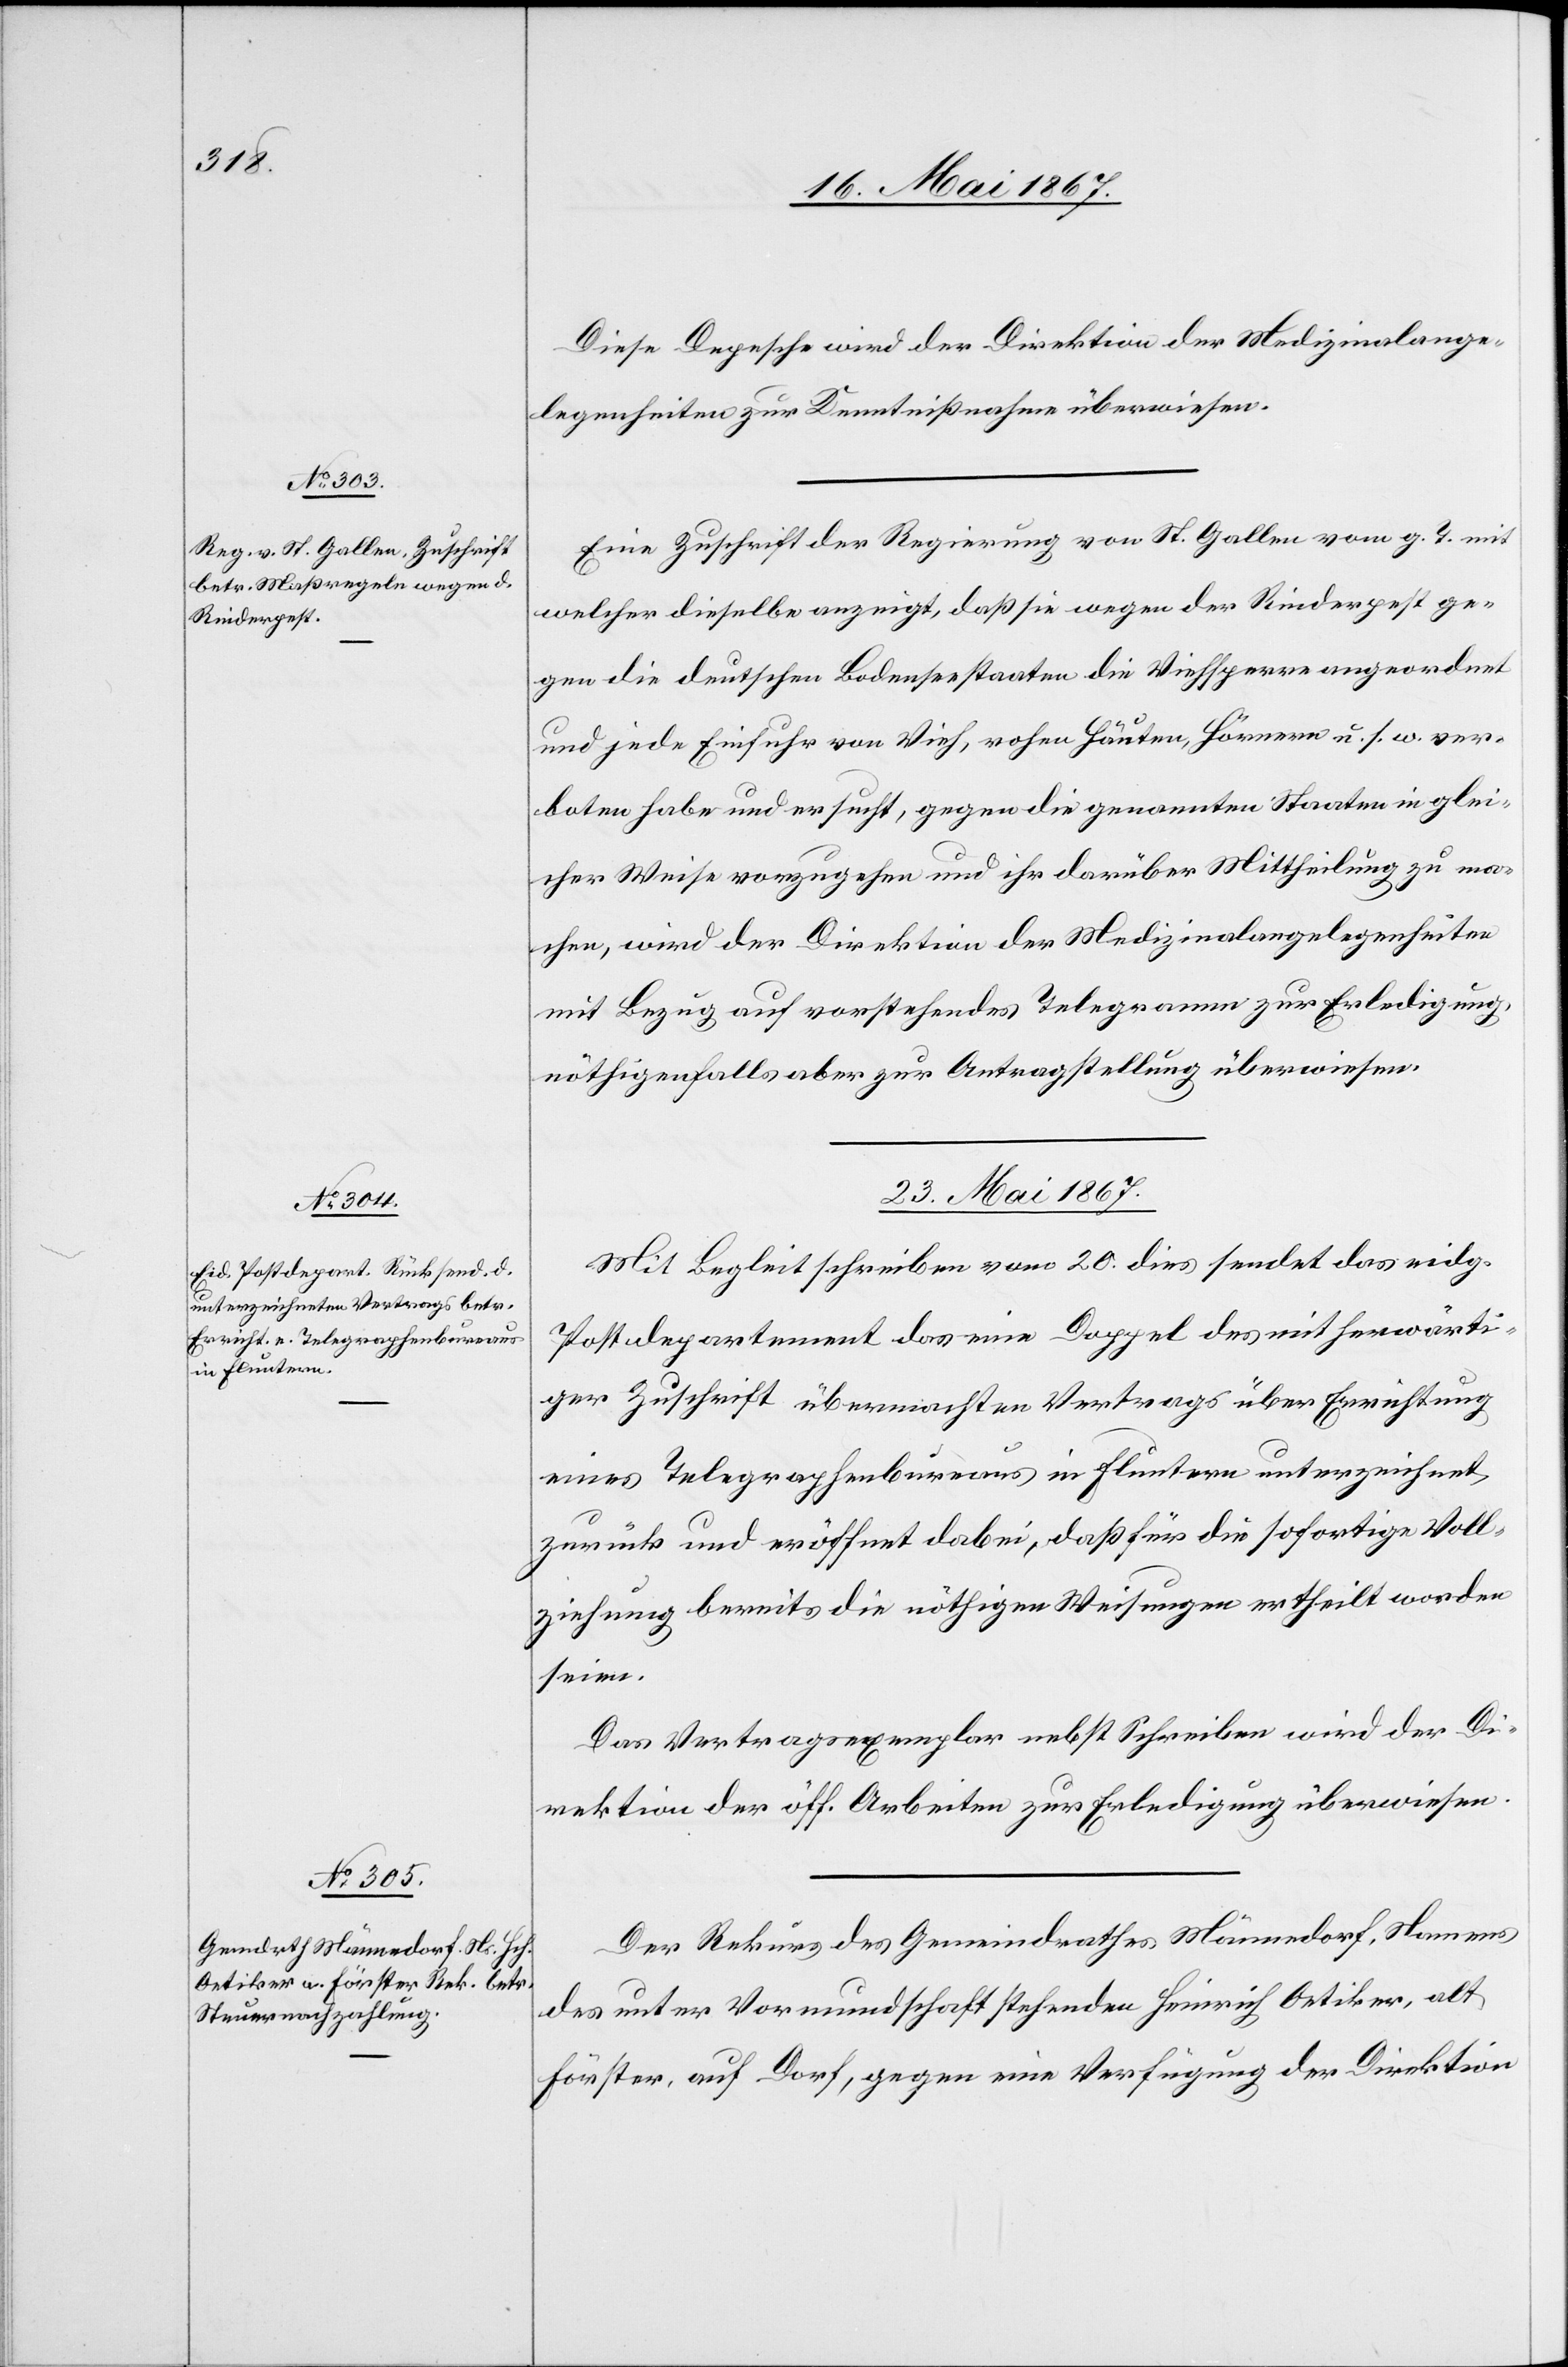
Diese Depesche wird der Direktion der Medizinalange¬
legenheiten zur Kenntnißnahme überwiesen.
Eine Zuschrift der Regierung von St. Gallen vom g. T. mit
welcher dieselbe anzeigt, daß sie wegen der Rinderpest ge¬
gen die deutschen Bodenseestaaten die Viehsperre angeordnet
und jede Einfuhr von Vieh, rohen Häuten, Hörnern u. s. w. ver¬
boten habe und ersucht, gegen die genannten Staaten in glei¬
cher Weise vorzugehen und ihr darüber Mittheilung zu ma¬
chen, wird der Direktion der Medizinalangelegenheiten
mit Bezug auf vorstehendes Telegramm zur Erledigung,
nöthigenfalls aber zur Antragstellung überwiesen.
22. Mai 1867.]
Mit Begleitschreiben vom 20. dies sendet das eidg.
Postdepartement das eine Doppel des mit herwärti¬
ger Zuschrift übermachten Vertrages über Errichtung
eines Telegraphenbureaus in Fluntern unterzeichnet
zurück und eröffnet dabei, daß für die sofortige Voll¬
ziehung bereits die nöthigen Weisungen ertheilt worden
seien.
Das Vertragsexemplar nebst Schreiben wird der Di¬
rektion der öff. Arbeiten zur Erledigung überwiesen.
Der Rekurs des Gemeindrathes Männedorf, Namens
des unter Vormundschaft stehenden Heinrich Oetiker, alt
Förster, auf Dorf, gegen eine Verfügung der Direktion